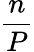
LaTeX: \frac{n}{P}